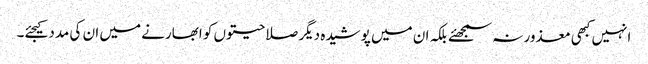
انہیں کبھی معذور نہ سمجھئے بلکہ ان میں پوشیدہ دیگر صلاحیتوں کو ابھارنے میں ان کی مدد کیجئے۔